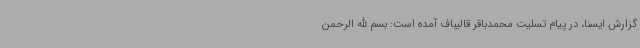
گزارش ایسنا، در پیام تسلیت محمدباقر قالیباف آمده است: بسم الله الرحمن